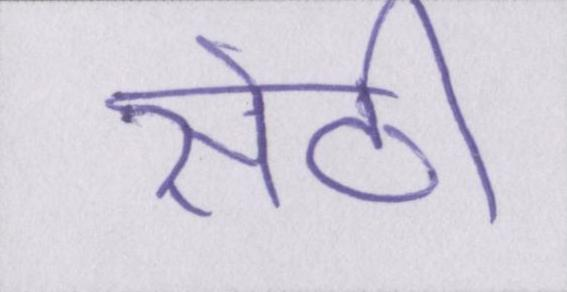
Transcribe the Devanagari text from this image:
सेठी